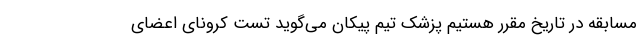
مسابقه در تاریخ مقرر هستیم پزشک تیم پیکان می‌گوید تست کرونای اعضای